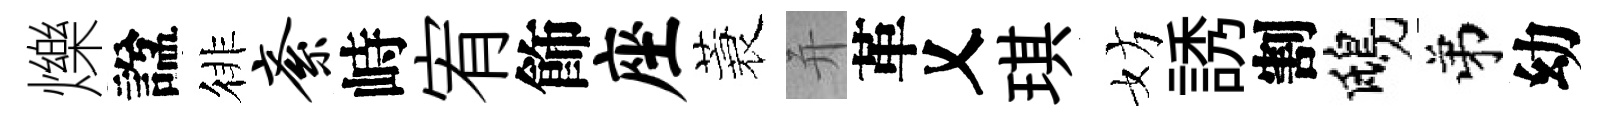
爍諡徘紊峙宥飾座蓑并革乂琪妨誘割鴟弟幼